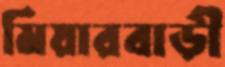
মিয়ারবাড়ী